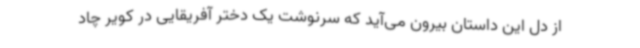
از دل این داستان بیرون می‌آید که سرنوشت یک دختر آفریقایی در کویر چاد